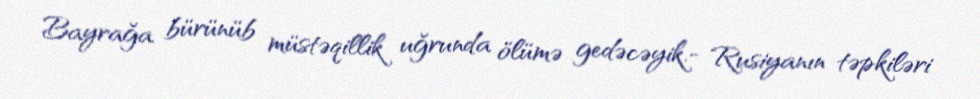
Bayrağa bürünüb müstəqillik uğrunda ölümə gedəcəyik.- Rusiyanın təpkiləri